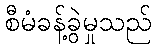
စီမံခန့်ခွဲမှုသည်